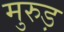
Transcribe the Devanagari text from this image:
मुरुड़